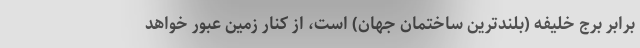
برابر برج خلیفه (بلندترین ساختمان جهان) است، از کنار زمین عبور خواهد